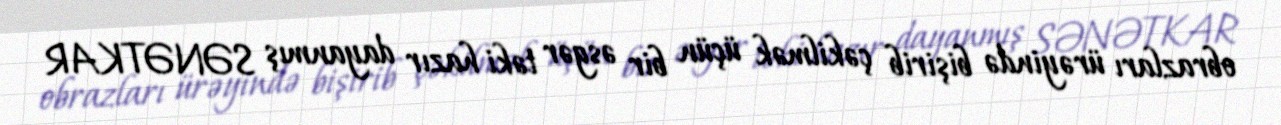
obrazları ürəyində bişirib çəkilmək üçün bir əsgər təki hazır dayanmış SƏNƏTKAR